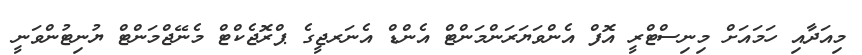
މިއަދާއި ހަމައަށް މިނިސްޓްރީ އޮފް އެންވަޔަރަންމަންޓް އެންޑް އެނަރޖީގެ ޕްރޮޖެކްޓް މެނޭޖްމަންޓް ޔުނިޓުންވަނީ